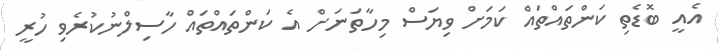
އެއީ ބޮޑެތި ކަންތައްތައް ކަމަށް ވިޔަސް މިހާތަނަށް އެ ކަންތައްތައް ހާސިލްނުކުރެވި ހުރީ